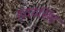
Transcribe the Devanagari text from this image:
हृदयसिंह